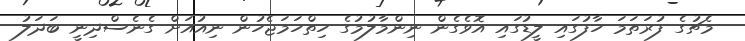
މެޗުގެ ފުރަތަމަ ހާފުގައި ލީޑުގައި އޮވެގެން ނިންމާލުމުގެ ހިތްހަމަޖެހުން ނިއުއަށް ގެނެސްދިނީ ބަދަލު